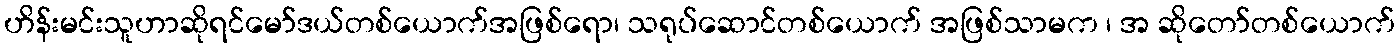
ဟိန်းမင်းသူဟာဆိုရင်မော်ဒယ်တစ်ယောက်အဖြစ်ရော၊ သရုပ်ဆောင်တစ်ယောက် အဖြစ်သာမက ၊ အ ဆိုတော်တစ်ယောက်